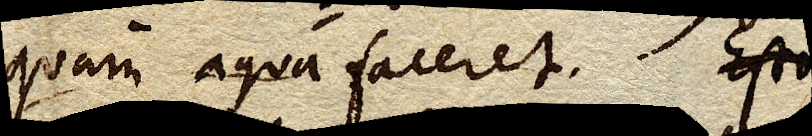
quam aqua faceret. Esto